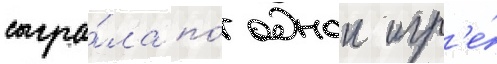
сыгра́ла по́ однои игр'е́